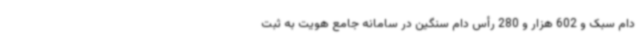
دام سبک و 602 هزار و 280 رأس دام سنگین در سامانه جامع هویت به ثبت